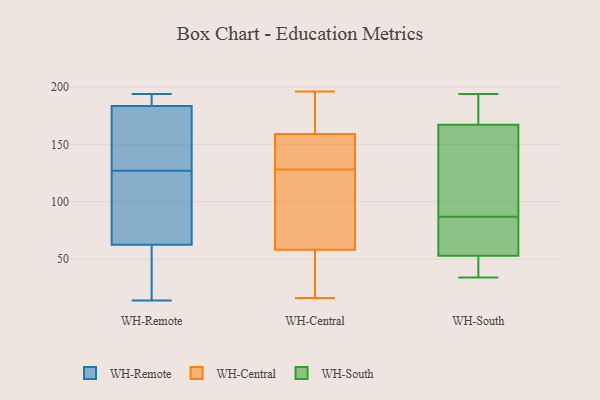
{"axis": {"x": "Page Views", "y": "Value"}, "legend": ["WH-Central", "WH-Remote", "WH-South"], "data": [{"x": "", "y": 186, "type": "WH-Remote"}, {"x": "", "y": 91, "type": "WH-Remote"}, {"x": "", "y": 167, "type": "WH-Remote"}, {"x": "", "y": 181, "type": "WH-Remote"}, {"x": "", "y": 192, "type": "WH-Remote"}, {"x": "", "y": 71, "type": "WH-Remote"}, {"x": "", "y": 54, "type": "WH-Remote"}, {"x": "", "y": 159, "type": "WH-Remote"}, {"x": "", "y": 137, "type": "WH-Remote"}, {"x": "", "y": 38, "type": "WH-Remote"}, {"x": "", "y": 188, "type": "WH-Remote"}, {"x": "", "y": 157, "type": "WH-Remote"}, {"x": "", "y": 95, "type": "WH-Remote"}, {"x": "", "y": 89, "type": "WH-Remote"}, {"x": "", "y": 192, "type": "WH-Remote"}, {"x": "", "y": 14, "type": "WH-Remote"}, {"x": "", "y": 194, "type": "WH-Remote"}, {"x": "", "y": 42, "type": "WH-Remote"}, {"x": "", "y": 117, "type": "WH-Remote"}, {"x": "", "y": 40, "type": "WH-Remote"}, {"x": "", "y": 153, "type": "WH-Central"}, {"x": "", "y": 69, "type": "WH-Central"}, {"x": "", "y": 48, "type": "WH-Central"}, {"x": "", "y": 146, "type": "WH-Central"}, {"x": "", "y": 58, "type": "WH-Central"}, {"x": "", "y": 128, "type": "WH-Central"}, {"x": "", "y": 169, "type": "WH-Central"}, {"x": "", "y": 59, "type": "WH-Central"}, {"x": "", "y": 161, "type": "WH-Central"}, {"x": "", "y": 54, "type": "WH-Central"}, {"x": "", "y": 196, "type": "WH-Central"}, {"x": "", "y": 165, "type": "WH-Central"}, {"x": "", "y": 16, "type": "WH-Central"}, {"x": "", "y": 99, "type": "WH-Central"}, {"x": "", "y": 135, "type": "WH-Central"}, {"x": "", "y": 53, "type": "WH-South"}, {"x": "", "y": 194, "type": "WH-South"}, {"x": "", "y": 34, "type": "WH-South"}, {"x": "", "y": 82, "type": "WH-South"}, {"x": "", "y": 80, "type": "WH-South"}, {"x": "", "y": 92, "type": "WH-South"}, {"x": "", "y": 184, "type": "WH-South"}, {"x": "", "y": 39, "type": "WH-South"}, {"x": "", "y": 35, "type": "WH-South"}, {"x": "", "y": 193, "type": "WH-South"}, {"x": "", "y": 167, "type": "WH-South"}, {"x": "", "y": 96, "type": "WH-South"}, {"x": "", "y": 145, "type": "WH-South"}, {"x": "", "y": 71, "type": "WH-South"}]}